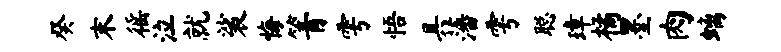
癸末徭泣就裟悔箐雩悟具藩雩聪璋橘墨肉螭